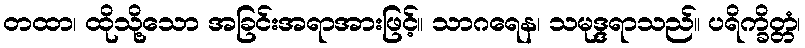
တထာ၊ ထိုသို့သော အခြင်းအရာအားဖြင့်။ သာဂရေန၊ သမုဒ္ဒရာသည်။ ပရိက္ခိတ္တံ၊